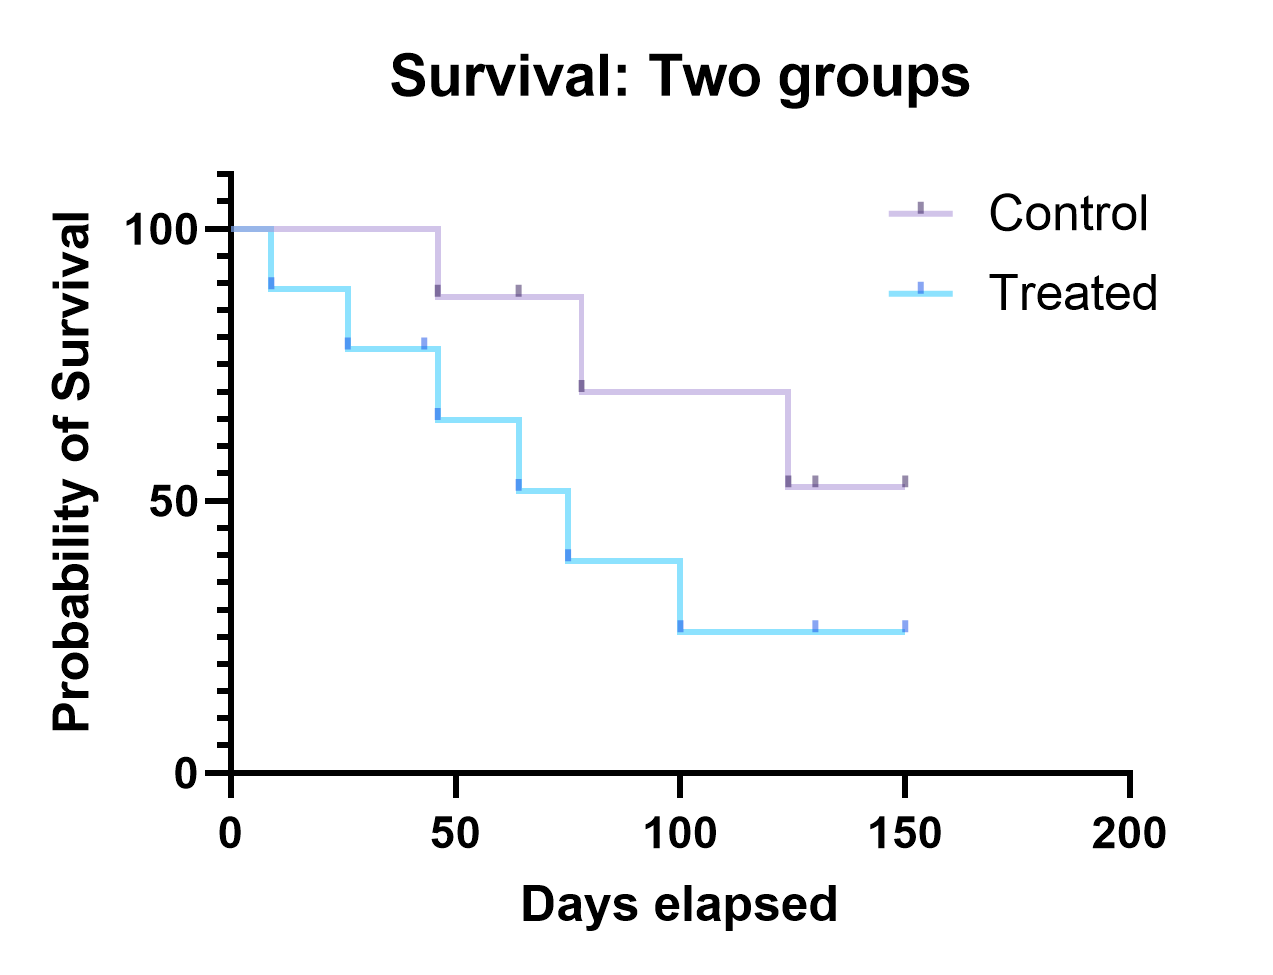
graphpad, survival, two groups, staircase with ticks